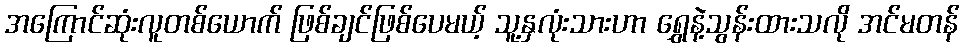
အကြောင်ဆုံးလူတစ်ယောက် ဖြစ်ချင်ဖြစ်ပေမယ့် သူ့နှလုံးသားဟာ ရွှေနဲ့သွန်းထားသလို အင်မတန်